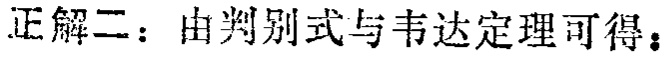
正解二：由判别式与韦达定理可得：